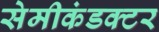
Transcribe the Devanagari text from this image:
सेमीकंडक्‍टर